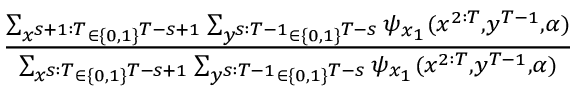
\begin{array} { r l } & { \frac { \sum _ { x ^ { s + 1 : T } \in \{ 0 , 1 \} ^ { T - s + 1 } } \sum _ { y ^ { s : T - 1 } \in \{ 0 , 1 \} ^ { T - s } } \psi _ { x _ { 1 } } ( x ^ { 2 : T } , y ^ { T - 1 } , \alpha ) } { \sum _ { x ^ { s : T } \in \{ 0 , 1 \} ^ { T - s + 1 } } \sum _ { y ^ { s : T - 1 } \in \{ 0 , 1 \} ^ { T - s } } \psi _ { x _ { 1 } } ( x ^ { 2 : T } , y ^ { T - 1 } , \alpha ) } } \end{array}